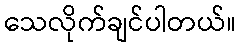
သေလိုက်ချင်ပါတယ်။